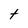
Character: t